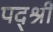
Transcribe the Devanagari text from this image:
पद्श्री